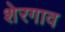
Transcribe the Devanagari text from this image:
शेरगाव